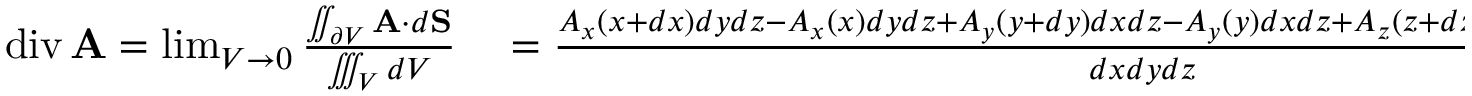
\begin{array} { r l } { \operatorname { d i v } \mathbf { A } = \operatorname* { l i m } _ { V \to 0 } { \frac { \iint _ { \partial V } \mathbf { A } \cdot d \mathbf { S } } { \iiint _ { V } d V } } } & { { } = { \frac { A _ { x } ( x + d x ) d y d z - A _ { x } ( x ) d y d z + A _ { y } ( y + d y ) d x d z - A _ { y } ( y ) d x d z + A _ { z } ( z + d z ) d x d y - A _ { z } ( z ) d x d y } { d x d y d z } } } \end{array}